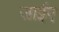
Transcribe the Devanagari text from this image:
जाईए